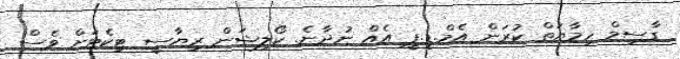
ގާސިމް ހިމާޔަތް ކުރަން އެމް.ޑީ.ޕީ އެއް ނުދާނެ. ކޯލިޝަން ރިޔާސީ ޓިކެޓަށް ވެސް